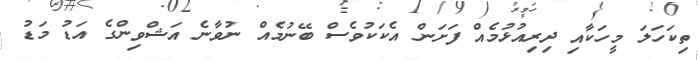
ތިކަހަލަ މީހަކާއި ދިރިއުޅުމެއް ފަށަން އެކަކުވެސް ބޭނުމެއް ނުވާނެ އަޝްވިންގެ އަޑު މަޑު